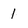
Character: 1